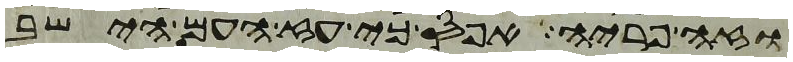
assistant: וזה פריה אפס כי עז העם הישב